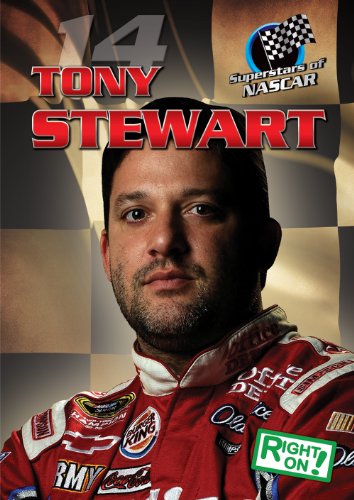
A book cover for Tony Stewart (Superstars of Nascar); Bob Martin; Children's Books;